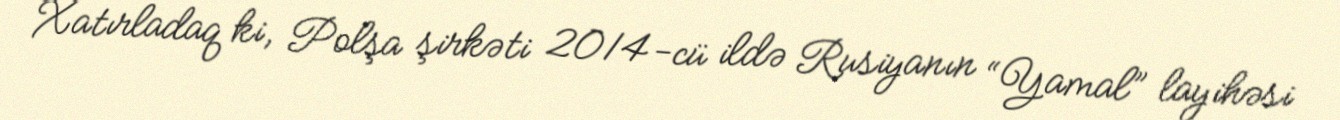
Xatırladaq ki, Polşa şirkəti 2014-cü ildə Rusiyanın “Yamal” layihəsi